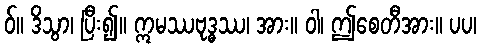
ဝ်။ ဒိသွာ၊ ပြီး၍။ ဣမဿဗုဒ္ဓဿ၊ အား။ ဝါ၊ ဤစေတီအား။ ပပ၊